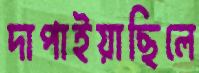
দাপাইয়াছিলে